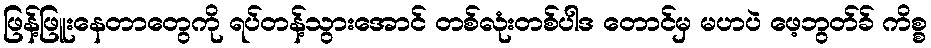
ဖြန့်ဖြူးနေတာတွေကို ရပ်တန့်သွားအောင် တစ်လုံးတစ်ပါဒ တောင်မှ မဟပဲ ဖေ့ဘွတ်ခ် ကိစ္စ